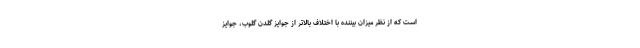
است که از نظر میزان بیننده با اختلاف بالاتر از جوایز گلدن گلوب، جوایز